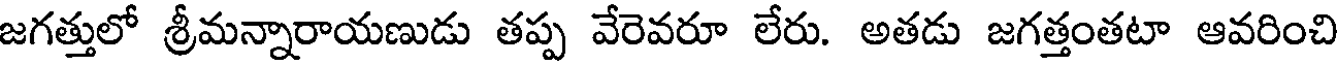
జగత్తులో శ్రీమన్నారాయణుడు తప్ప వేరెవరూ లేరు. అతడు జగత్తంతటా ఆవరించి